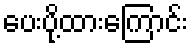
ပေးပို့ထားကြောင်း